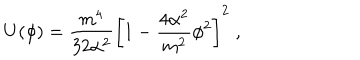
U ( \phi ) = \frac { m ^ { 4 } } { 3 2 \alpha ^ { 2 } } \left[ 1 - \frac { 4 \alpha ^ { 2 } } { m ^ { 2 } } \phi ^ { 2 } \right] ^ { 2 } \; ,